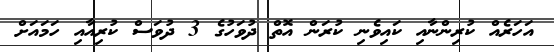
އަހަރެއް ކުރިންނާއި ކައިވެނި ކުރަން އޮތް ދުވަހުގެ 3 ދުވަސް ކުރިއާއި ހަމައަށް